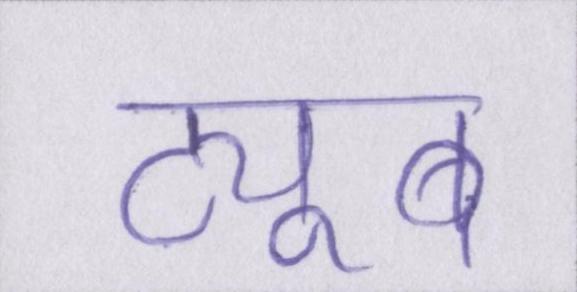
ट्यूब